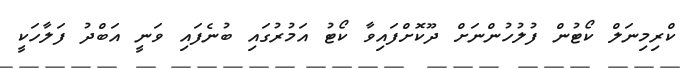
ކްރިމިނަލް ކޯޓުން ފުލުހުންނަށް ދޫކޮށްފައިވާ ކޯޓު އަމުރުގައި ބުނެފައި ވަނީ އަބްދު ފަލާހަކީ